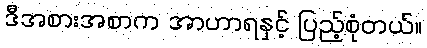
ဒီအစားအစာက အာဟာရနှင့် ပြည့်စုံတယ်။